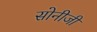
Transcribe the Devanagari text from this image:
सोनीजी